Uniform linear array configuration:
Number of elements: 8
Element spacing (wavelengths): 0.25
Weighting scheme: kaiser
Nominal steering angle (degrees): -60
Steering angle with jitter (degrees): -58.415
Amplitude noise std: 0.05
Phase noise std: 0.05

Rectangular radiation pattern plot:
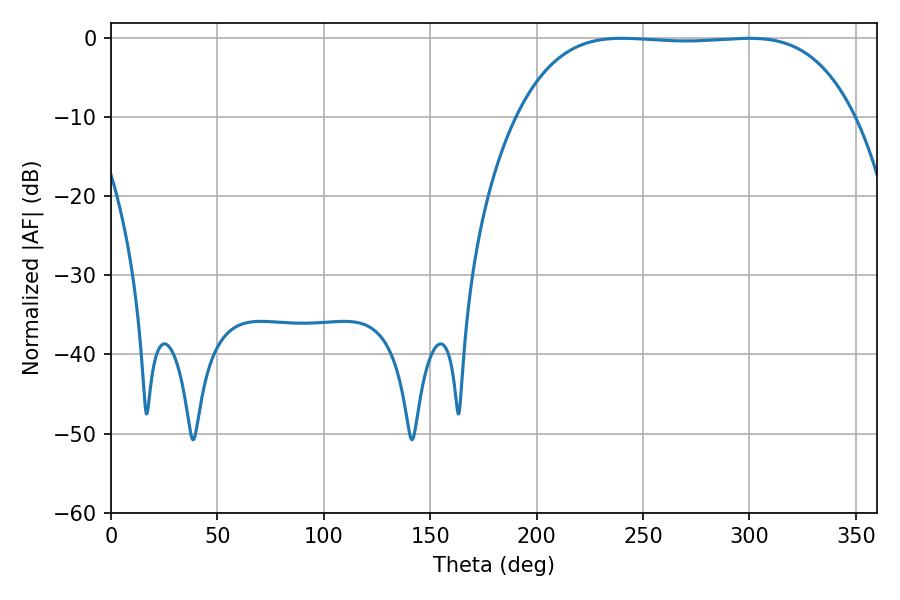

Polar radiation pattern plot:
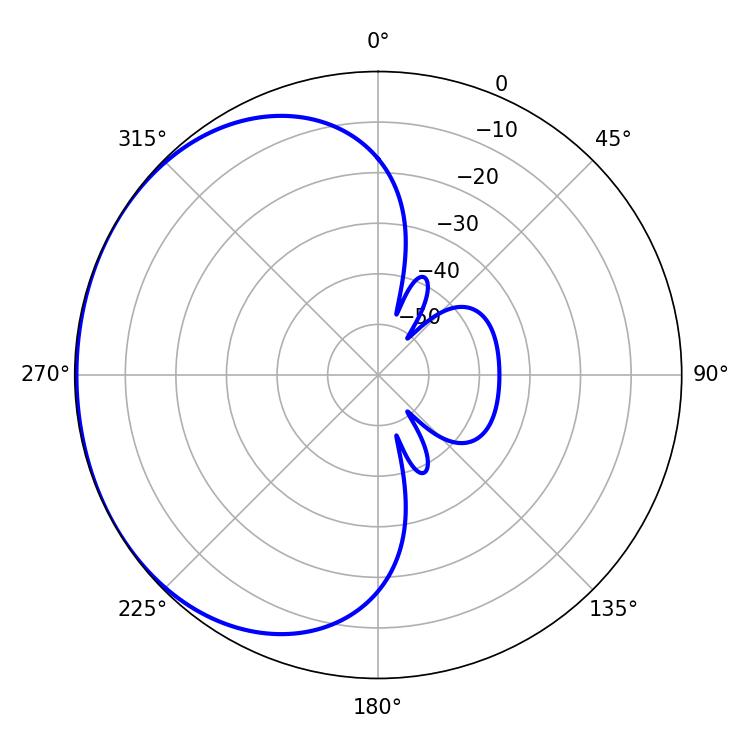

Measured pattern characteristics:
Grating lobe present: FALSE
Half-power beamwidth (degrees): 123.48
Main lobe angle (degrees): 240.12